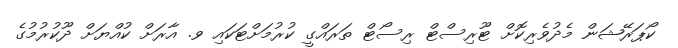
ކޯޕަރޭޝަން މެދުވެރިކޮށް ޓޫރިސްޓް ރިސޯޓް ތަރައްގީ ކުރުމަށްޓަކައި ވ. އާރަށް ކުއްޔަށް ދޫކުރުމުގެ